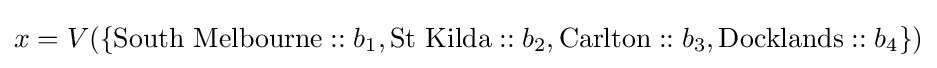
x=V(\{{\text{South Melbourne}}::b_{1},{\text{St Kilda}}::b_{2},{\text{Carlton}}::b_{3},{\text{Docklands}}::b_{4}\})